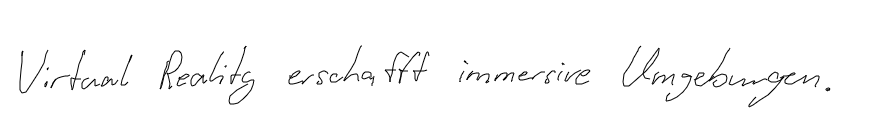
Virtual Reality erschafft immersive Umgebungen.